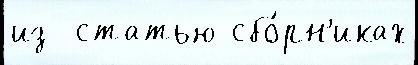
из  статью сбо́рн'иках